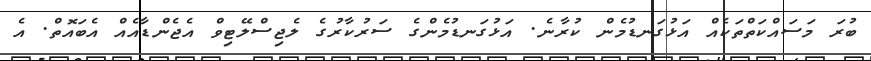
ބުރަ މަސައްކަތްތަކެއް އަޅުގަނޑުމެން ކުރާނެ. އަޅުގަނޑުމެންގެ ސަރުކާރުގެ ލެޖިސްލޭޓިވް އެޖެންޑާއެއް އެބައޮތް. އެ